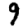
Digit: 9